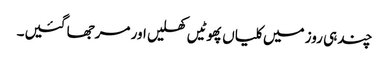
چند ہی روز میں کلیاں پھوٹیں کھلیں اور مرجھا گئیں۔